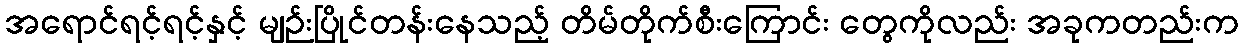
အရောင်ရင့်ရင့်နှင့် မျဉ်းပြိုင်တန်းနေသည့် တိမ်တိုက်စီးကြောင်း တွေကိုလည်း အခုကတည်းက